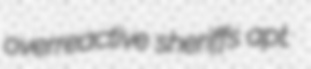
overreactive sheriffs apt.